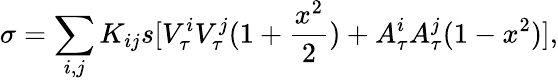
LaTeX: \sigma=\sum_{i,j}K_{ij}s[V_{\tau}^{i}V_{\tau}^{j}(1+\frac{x^{2}}{2})+A_{\tau}^{i}A_{\tau}^{j}(1-x^{2})],